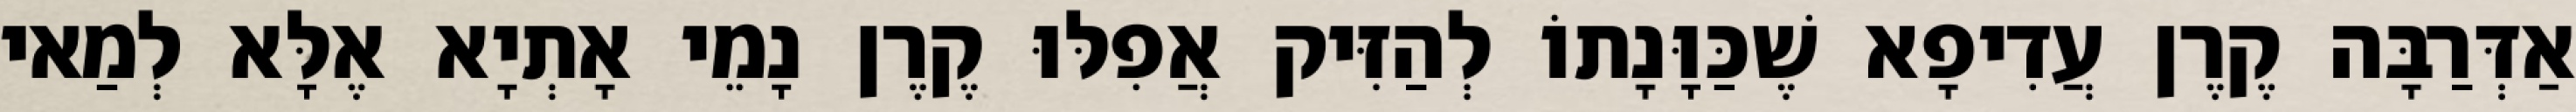
אַדְּרַבָּה קֶרֶן עֲדִיפָא שֶׁכַּוָּנָתוֹ לְהַזִּיק אֲפִלּוּ קֶרֶן נָמֵי אָתְיָא אֶלָּא לְמַאי